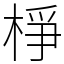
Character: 棦